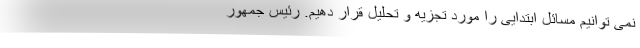
نمی توانیم مسائل ابتدایی را مورد تجزیه و تحلیل قرار دهیم. رئیس جمهور